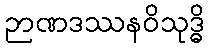
ဉာဏဒဿနဝိသုဒ္ဓိ